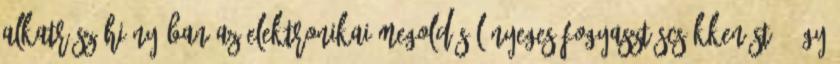
alkatrész hiányában az elektronikai megoldás lényeges fogyasztáscsökkenést - így